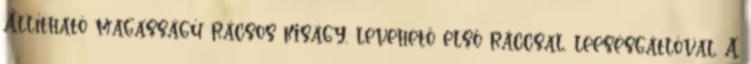
Állítható magasságú rácsos kiságy, levehető első ráccsal, leesésgátlóval. A